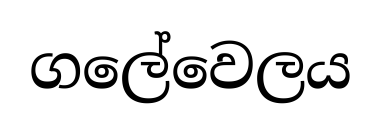
ගලේවෙලය